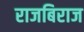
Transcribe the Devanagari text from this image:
राजबिराज